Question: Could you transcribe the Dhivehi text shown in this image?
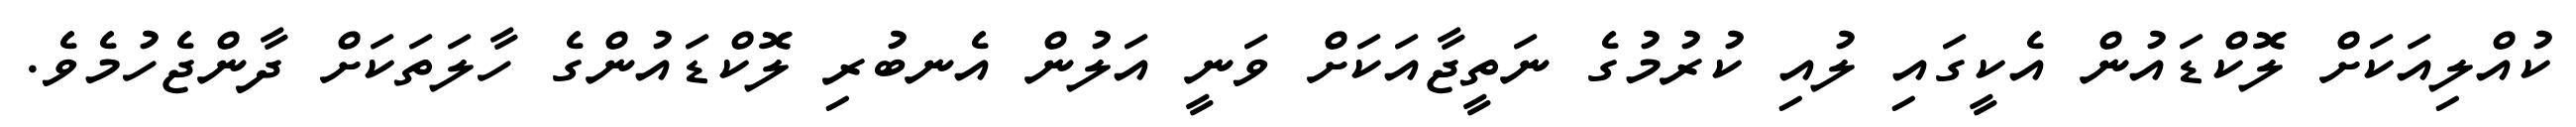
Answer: ކުއްލިއަކަށް ލޮކްޑައުން އެކީގައި ލުއި ކުރުމުގެ ނަތީޖާއަކަށް ވަނީ އަލުން އެނބުރި ލޮކްޑައުންގެ ހާލަތަކަށް ދާންޖެހުމެވެ.